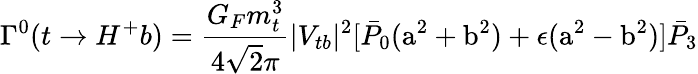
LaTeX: \Gamma^{0}(t\rightarrow H^{+}b)=\frac{G_{F}m_{t}^{3}}{4\sqrt 2\pi}|V_{tb}|^{2}[\bar{P}_{0}(\mathrm{a}^{2}+\mathrm{b}^{2})+\epsilon(\mathrm{a}^{2}-\mathrm{b}^{2})]\bar{P}_{3}